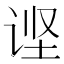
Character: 𲂌